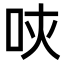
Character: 𠰵